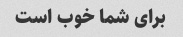
برای شما خوب است